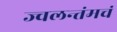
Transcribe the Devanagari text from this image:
ज्वलन्तंमचं